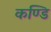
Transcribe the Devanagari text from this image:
कण्डि